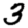
Digit: 3